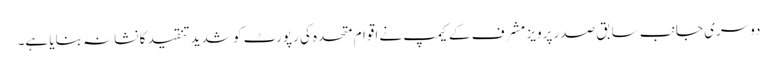
دوسری جانب سابق صدر پرویز مشرف کے کیمپ نے اقوام متحدہ کی رپورٹ کو شدید تنقید کا نشانہ بنایا ہے۔